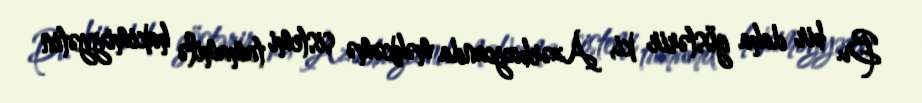
Bu bir daha göstərir ki, Azərbaycanda məhkəmə sistemi tamamilə hakimiyyətin